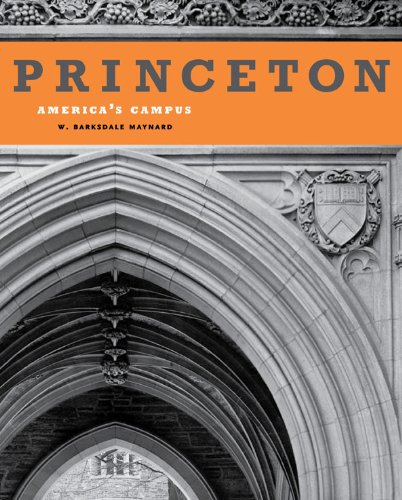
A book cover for Princeton: America's Campus; W. Barksdale Maynard; Arts & Photography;